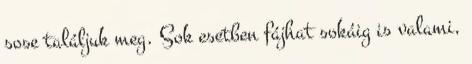
sose találjuk meg. Sok esetben fájhat sokáig is valami,